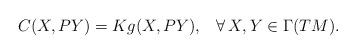
LaTeX: \begin{align*} C(X,PY)=Kg(X,PY),\;\;\;\forall\, X,Y\in\Gamma(TM).\end{align*}